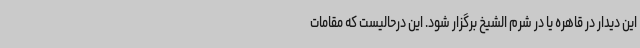
این دیدار در قاهره یا در شرم الشیخ برگزار شود. این درحالیست که مقامات